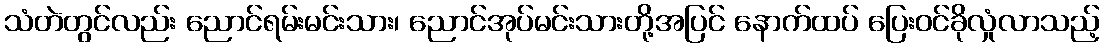
သံတဲတွင်လည်း ညောင်ရမ်းမင်းသား၊ ညောင်အုပ်မင်းသားတို့အပြင် နောက်ထပ် ပြေးဝင်ခိုလှုံလာသည့်